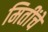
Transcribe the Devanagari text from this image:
मितींचे